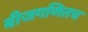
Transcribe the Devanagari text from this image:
बीजगणितच